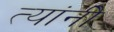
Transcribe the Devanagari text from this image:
त्यांनीेे